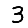
Digit: 3